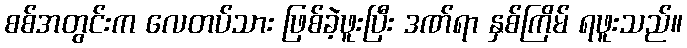
စစ်အတွင်းက လေတပ်သား ဖြစ်ခဲ့ဖူးပြီး ဒဏ်ရာ နှစ်ကြိမ် ရဖူးသည်။